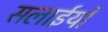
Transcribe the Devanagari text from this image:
सलाईयों